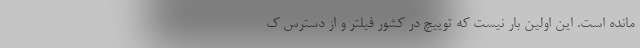
مانده است. این اولین بار نیست که توییچ در کشور فیلتر و از دسترس ک